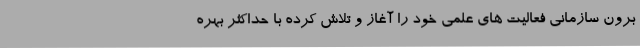
برون سازمانی فعالیت های علمی خود را آغاز و تلاش کرده با حداکثر بهره